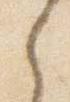
之